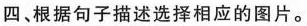
四、根据句子描述选择相应的图片。